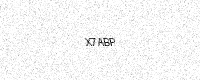
Text: X7ABP